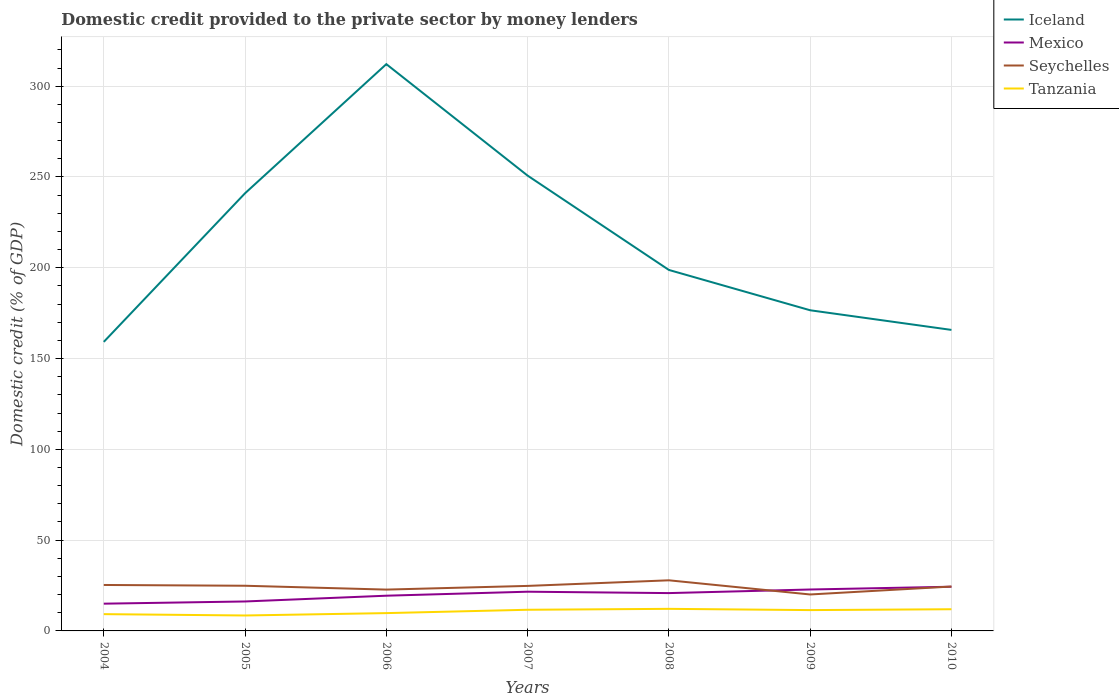
| Years | Iceland | Mexico | Seychelles | Tanzania |
 | --- | --- | --- | --- | --- |
 | 2004 | 159 | 15 | 25.3 | 9.24 |
 | 2005 | 241 | 16.2 | 24.9 | 8.5 |
 | 2006 | 312 | 19.4 | 22.8 | 9.81 |
 | 2007 | 251 | 21.6 | 24.8 | 11.7 |
 | 2008 | 199 | 20.8 | 27.9 | 12.2 |
 | 2009 | 177 | 22.8 | 20.1 | 11.5 |
 | 2010 | 166 | 24.3 | 24.4 | 11.9 |